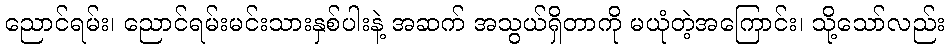
ညောင်ရမ်း၊ ညောင်ရမ်းမင်းသားနှစ်ပါးနဲ့ အဆက် အသွယ်ရှိတာကို မယုံတဲ့အကြောင်း၊ သို့သော်လည်း